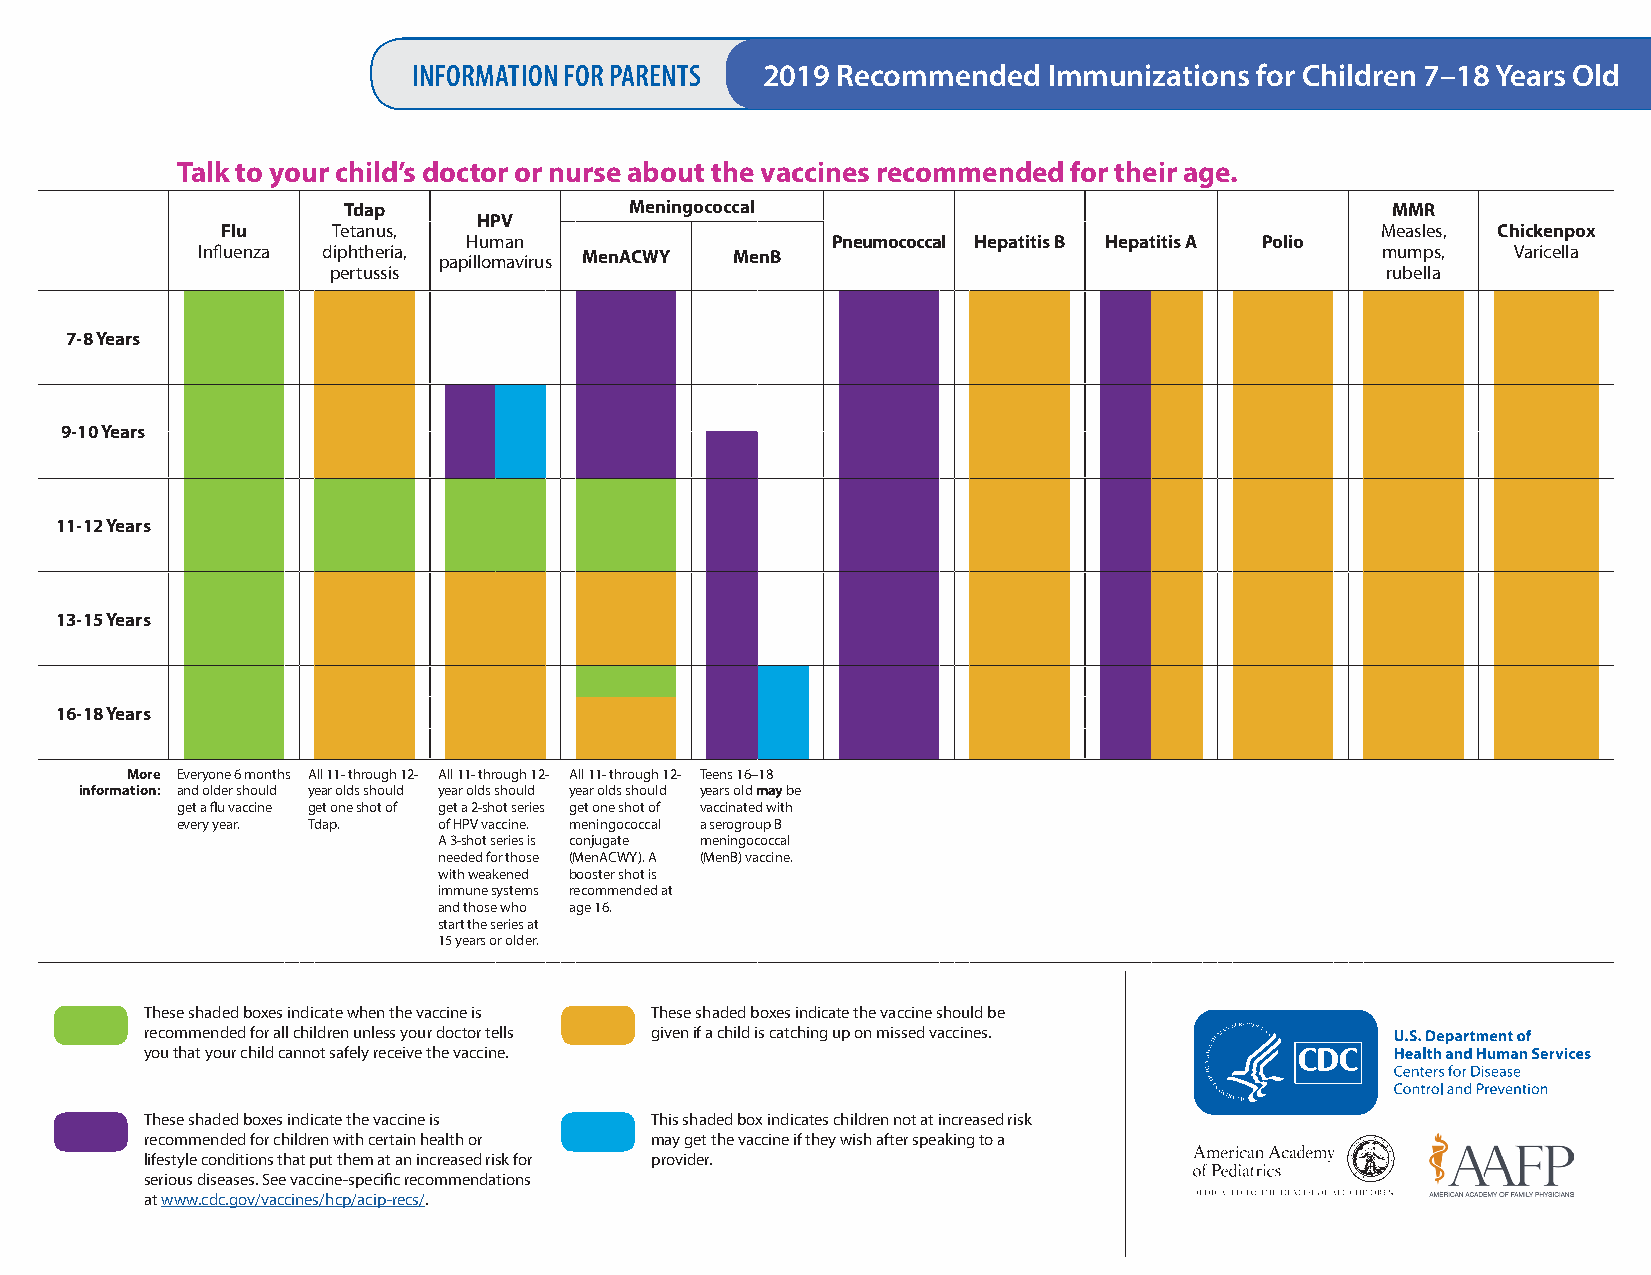
INFORMATION FOR PARENTS 2019 Recommended  Immunizations for Children 7–18 Years Old
 Talk to your child’s doctor or nurse about the vaccines recommended for their age.
 Tdap               Meningococcal                                     MMR
 HPV
 Flu    Tetanus,                                                             Measles, Chickenpox
 Human                   Pneumococcal Hepatitis B Hepatitis A Polio
 Influenza diphtheria, papillomavirus MenACWY MenB                             mumps,   Varicella
 pertussis                                                             rubella
 7-8 Years
 9-10 Years
 11-12 Years
 13-15 Years
 16-18 Years
 More Everyone 6 months All 11- through 12- All 11- through 12- All 11- through 12- Teens 16–18
 information: and older should year olds should year olds should year olds should years old may be
 get a flu vaccine get one shot of get a 2-shot series get one shot of vaccinated with
 every year. Tdap. of HPV vaccine. meningococcal a serogroup B
 A 3-shot series is conjugate meningococcal
 needed for those (MenACWY). A (MenB) vaccine.
 with weakened booster shot is
 immune systems recommended at
 and those who age 16.
 start the series at
 15 years or older.
 These shaded boxes indicate when the vaccine is These shaded boxes indicate the vaccine should be
 recommended for all children unless your doctor tells given if a child is catching up on missed vaccines.
 you that your child cannot safely receive the vaccine.
 These shaded boxes indicate the vaccine is This shaded box indicates children not at increased risk
 recommended for children with certain health or may get the vaccine if they wish after speaking to a
 lifestyle conditions that put them at an increased risk for provider.
 serious diseases. See vaccine-specific recommendations
 at www.cdc.gov/vaccines/hcp/acip-recs/.